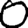
Digit: 0